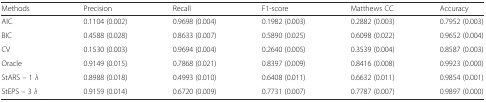
<table><thead><tr><td><b>Methods</b></td><td><b>Precision</b></td><td><b>Recall</b></td><td><b>F1-score</b></td><td><b>Matthews CC</b></td><td><b>Accuracy</b></td></tr></thead><tbody><tr><td>AIC</td><td>0.1104 (0.002)</td><td>0.9698 (0.004)</td><td>0.1982 (0.003)</td><td>0.2882 (0.003)</td><td>0.7952 (0.003)</td></tr><tr><td>BIC</td><td>0.4588 (0.028)</td><td>0.8633 (0.007)</td><td>0.5890 (0.025)</td><td>0.6098 (0.022)</td><td>0.9652 (0.004)</td></tr><tr><td>CV</td><td>0.1530 (0.003)</td><td>0.9694 (0.004)</td><td>0.2640 (0.005)</td><td>0.3539 (0.004)</td><td>0.8587 (0.003)</td></tr><tr><td>Oracle</td><td>0.9149 (0.015)</td><td>0.7868 (0.021)</td><td>0.8397 (0.009)</td><td>0.8416 (0.008)</td><td>0.9923 (0.000)</td></tr><tr><td>StARS – 1 <i>λ</i></td><td>0.8988 (0.018)</td><td>0.4993 (0.010)</td><td>0.6408 (0.011)</td><td>0.6632 (0.011)</td><td>0.9854 (0.001)</td></tr><tr><td>StEPS – 3 <i>λ</i></td><td>0.9159 (0.014)</td><td>0.6720 (0.009)</td><td>0.7731 (0.007)</td><td>0.7787 (0.007)</td><td>0.9897 (0.000)</td></tr></tbody></table>